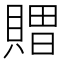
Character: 𮚖